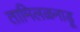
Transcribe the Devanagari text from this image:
तामिलळनाडू